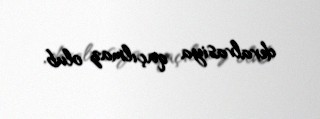
devalvasiya qaçılmaz olub.